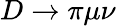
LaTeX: D\to\pi\mu\nu